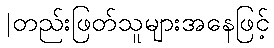
|တည်းဖြတ်သူများအနေဖြင့်